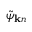
\tilde { \psi } _ { { \bf k } n }